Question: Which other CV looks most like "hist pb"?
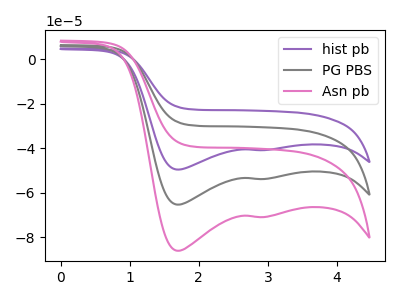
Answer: <think>The purple curve "hist pb" has cathodic peaks at (1.70V, -130.70uA) (2.95V, -107.65uA). The gray curve "PG PBS" has cathodic peaks at (1.70V, -65.35uA) (2.95V, -53.85uA). The pink curve "Asn pb" has cathodic peaks at (1.70V, -86.05uA) (2.95V, -70.90uA).
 All the peaks in "hist pb" have a peak in "PG PBS" at the same potential. Every peak in "hist pb" is higher than every peak in "PG PBS". All the peaks in "hist pb" have a peak in "Asn pb" at the same potential. Every peak in "hist pb" is higher than every peak in "Asn pb". All the peaks in "PG PBS" have a peak in "Asn pb" at the same potential. Every peak in "PG PBS" is lower than every peak in "Asn pb".</think>
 <answer>"hist pb" and "PG PBS" have a similar shape to "Asn pb".</answer>
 <eval>"hist pb" "PG PBS"</eval>